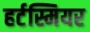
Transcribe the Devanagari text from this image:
हर्टस्मियर